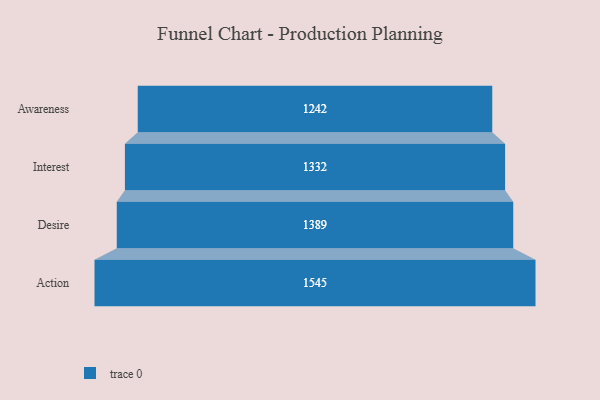
{"axis": {"x": "Stage", "y": "Value"}, "legend": [""], "data": [{"x": "Awareness", "y": 1242.0, "type": ""}, {"x": "Interest", "y": 1332.0, "type": ""}, {"x": "Desire", "y": 1389.0, "type": ""}, {"x": "Action", "y": 1545.0, "type": ""}]}